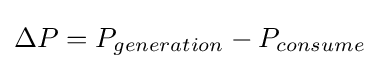
\Delta P=P_{generation}-P_{consume}